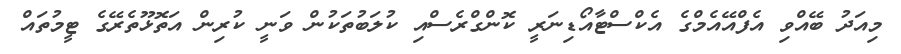
މިއަދު ބޭއްވި އެފްއޭއެމްގެ އެކްސްޓާއޯޑިނަރީ ކޮންގްރެސްއި ކުލަބުތަކުން ވަނީ ކުރިން އަތޮޅޫތެރޭގެ ޓީމުތައް